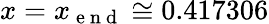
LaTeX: x=x_{\mathrm{~e~n~d~}}\cong 0.417306